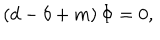
LaTeX: \left( d - \delta + m \right) \Phi = 0 ,